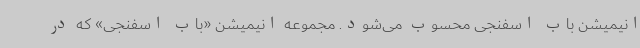
انیمیشن باب اسفنجی محسوب می‌شود. مجموعه انیمیشن «باب اسفنجی» که در